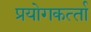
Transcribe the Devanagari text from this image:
प्रयोगकर्त्‍ता